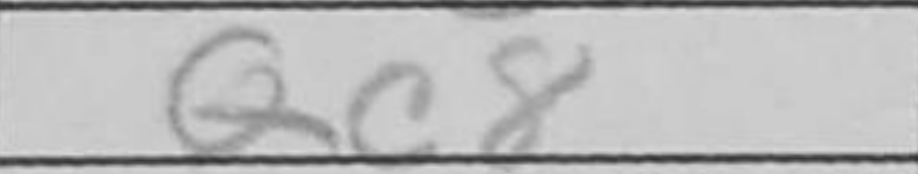
Transcription: Qc8